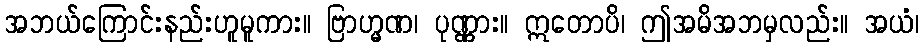
အဘယ်ကြောင်းနည်းဟူမူကား။ ဗြာဟ္မဏ၊ ပုဏ္ဏား။ ဣတောပိ၊ ဤအမိအဘမှလည်း။ အယံ၊